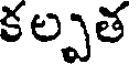
కల్పత